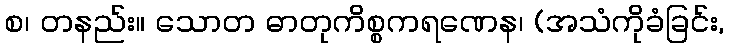
စ၊ တနည်း။ သောတ ဓာတုကိစ္စကရဏေန၊ (အသံကိုခံခြင်း,